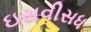
ઇસવીસધ